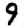
Digit: 9